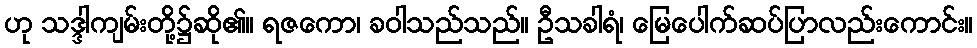
ဟု သဒ္ဒါကျမ်းတို့၌ဆို၏။ ရဇကော၊ ခဝါသည်သည်။ ဦသခါရံ၊ မြေပေါက်ဆပ်ပြာလည်းကောင်း။